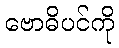
ဗောဓိပင်ကို